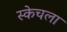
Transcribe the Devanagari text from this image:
स्केचला